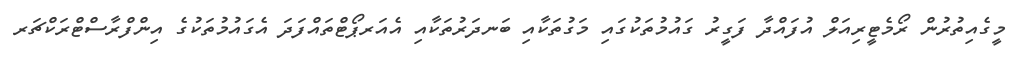
މީގެއިތުރުން ރޯމެޓީރިއަލް އުފައްދާ ފަގީރު ގައުމުތަކުގައި މަގުތަކާއި ބަނދަރުތަކާއި އެއަރޕޯޓްތައްފަދަ އެގައުމުތަކުގެ އިންފްރާސްޓްރަކްޗަރ